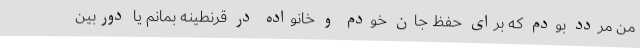
من مردد بودم که برای حفظ جان خودم و خانواده در قرنطینه بمانم یا دوربین